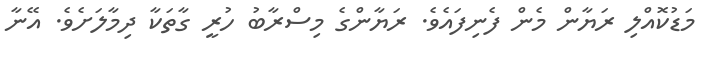
މަޑުކޮއްލި ރަޔާން މެން ފެނިފައެވެ. ރަޔާންގެ މިސްރާބު ހުރީ ގާތަކާ ދިމާލަށެވެ. އޭނާ